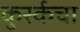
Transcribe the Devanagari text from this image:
कुर्स्कचा